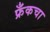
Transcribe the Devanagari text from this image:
फ्रँकचा